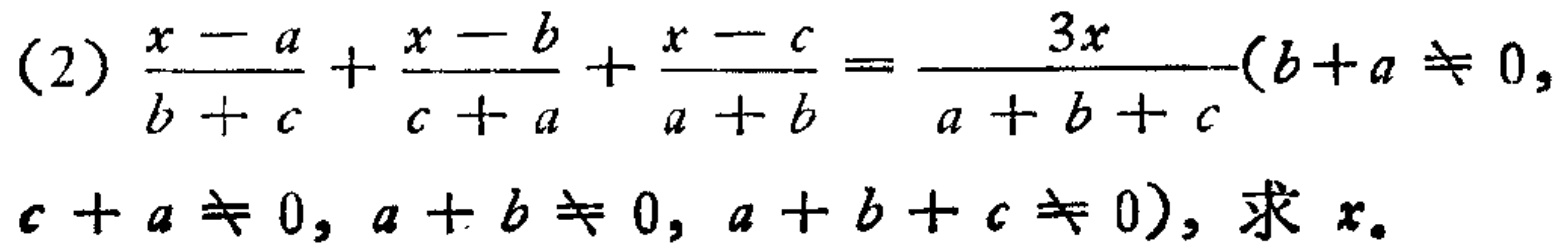
(2)$\frac{x - a}{b + c}+\frac{x - b}{c + a}+\frac{x - c}{a + b}=\frac{3x}{a + b + c}(b + a\neq0, c + a\neq0, a + b\neq0, a + b + c\neq0)$，求$x$。